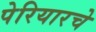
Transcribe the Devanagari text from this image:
पेरियारचे